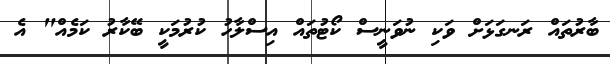
ބާރުތައް ރަނގަޅަށް ވަކި ނުވަނީސް ކޯޓުތައް އިސްލާހު ކުރުމަކީ ބޭކާރު ކަމެއް" އެ